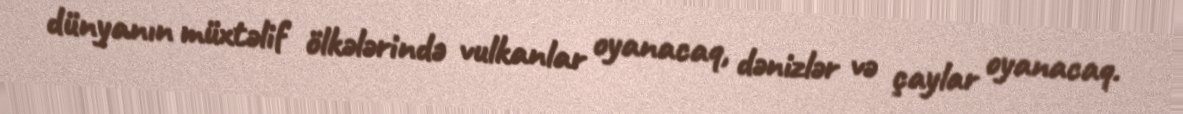
dünyanın müxtəlif ölkələrində vulkanlar oyanacaq, dənizlər və çaylar oyanacaq.